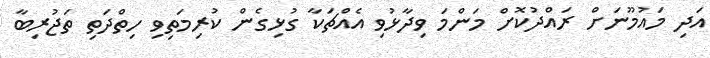
އަދި މައުމޫނަށް ރައްދުކޮށް މަންމަ ވިދާޅުވި އެއްޗަކާ ގުޅިގެން ކުރިމަތިވި ހިތްދަތި ތަޖުރިބާ